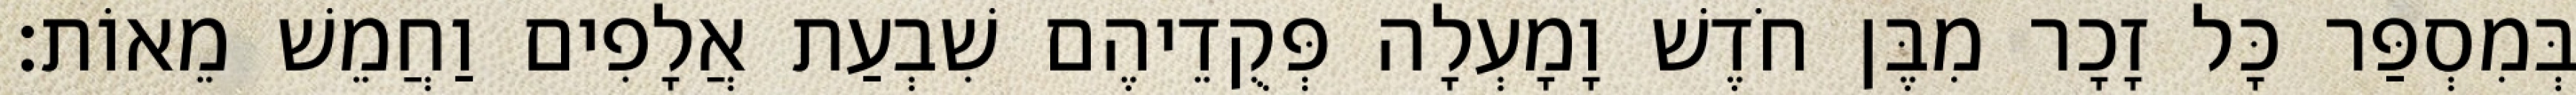
בְּמִסְפַּר כָּל זָכָר מִבֶּן חֹדֶשׁ וָמָעְלָה פְּקֻדֵיהֶם שִׁבְעַת אֲלָפִים וַחֲמֵשׁ מֵאוֹת׃